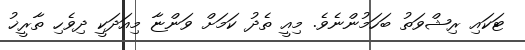
ޓަކައި ރިޝްވަތު ބަހަމުންނެވެ. މިއީ ތެދު ކަމަށް ވަންޏާ މިއަދަކީ ދިވެހި ތާރީޚު